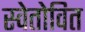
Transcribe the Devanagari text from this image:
स्वेतोवित